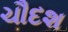
ચૌદશ